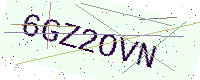
Text: 6GZ2OVN